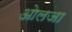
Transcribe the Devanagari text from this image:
ओलजा